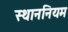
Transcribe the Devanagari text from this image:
स्थाननियम